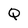
Character: Q